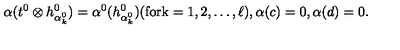
{ \alpha } ( t ^ { 0 } \otimes h _ { { \alpha } _ { k } ^ { 0 } } ^ { 0 } ) = { \alpha } ^ { 0 } ( h _ { { \alpha } _ { k } ^ { 0 } } ^ { 0 } ) \mathrm { ( f o r k = 1 , 2 , \ldots , \ell ) } , { \alpha } ( c ) = 0 , { \alpha } ( d ) = 0 .